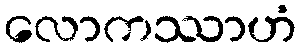
လောကဿာဟံ